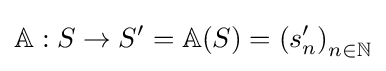
\mathbb {A} :S\to S'=\mathbb {A} (S)={(s'_{n})}_{n\in \mathbb {N} }